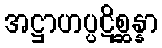
အဋ္ဌာဟပ္ပဋိစ္ဆန္နာ